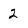
Character: 2